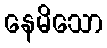
နေမိသော